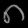
Digit: ၈